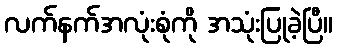
လက်နက်အလုံးစုံကို အသုံးပြုခဲ့ပြီ။